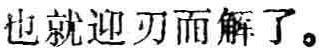
也就迎刃而解了。